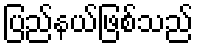
ပြည်နယ်ဖြစ်သည်